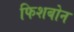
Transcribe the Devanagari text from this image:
फिशबोन